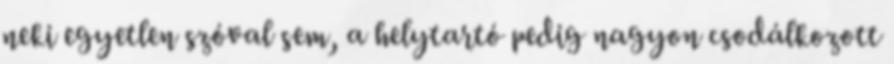
neki egyetlen szóval sem, a helytartó pedig nagyon csodálkozott